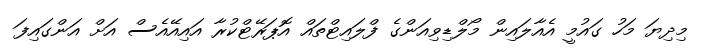
މިދިޔަ މަހު ގައުމީ އެއާލައިން މޯލްޑިވިއަންގެ ފްލައިޓްތައް އޮޕަރޭޓްކުރާ އައިއޭއެސް އަށް އަންގައިފަ